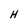
Character: H